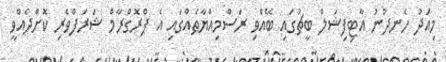
މިއަދު ހެނދުނު އާޓިފިޝަލް ބީޗުގައި ބޭއްވި ރަސްމިއްޔާތެއްގައި އެ ޕްރޮގްރާމް ޝަރަފްވެރި ކޮށްދެއްވީ